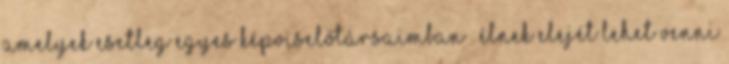
amelyek esetleg egyes képviselőtársaimban . Élnek elejét lehet venni